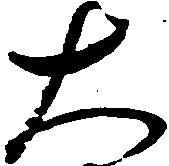
大